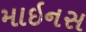
માઇનસ